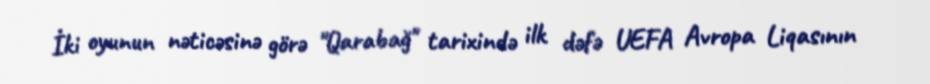
İki oyunun nəticəsinə görə "Qarabağ" tarixində ilk dəfə UEFA Avropa Liqasının